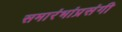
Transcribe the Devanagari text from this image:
समारंभांप्रसंगी